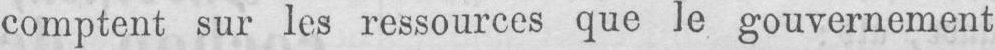
comptent sur les ressources que le gouvernement